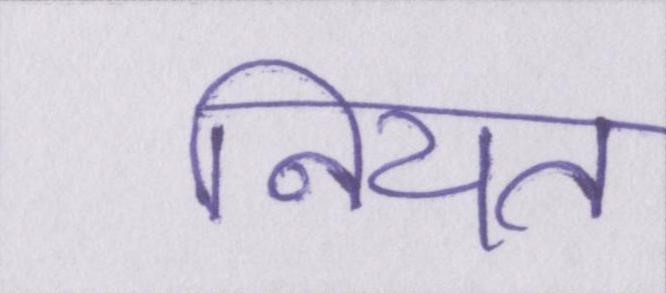
नियत